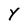
Character: Y